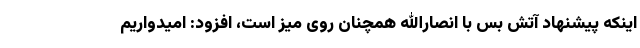
اینکه پیشنهاد آتش بس با انصارالله همچنان روی میز است، افزود: امیدواریم